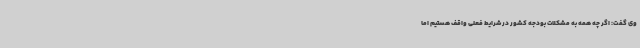
وی گفت: اگر چه همه به مشکلات بودجه کشور در شرایط فعلی واقف هستیم اما